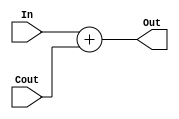
module Increment (In,Cout,Out);
    input [7:0] In;
    input Cout;
    output [7:0] Out;

    assign Out = In + Cout;
    
endmodule

module Decrement (In,Amount,Out);
    input [7:0] In;
    input [4:0] Amount;
    output [7:0] Out;
    
    assign Out = In - Amount;
endmodule